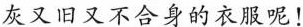
灰又旧又不合身的衣服呢！